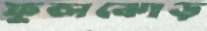
ফুলঝোড়